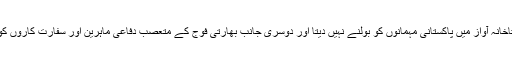
جبکہ اس سارے گھناؤنے فعل میں ارنب مکرجی بطور میزبان گستاخانہ آواز میں پاکستانی مہمانوں کو بولنے نہیں دیتا اور دوسری جانب بھارتی فوج کے متعصب دفاعی ماہرین اور سفارت کاروں کو ہلہ شیری دیتا ہے کہ وہ کھل کر ماحول کو زہریلا اور آلودہ کریں۔